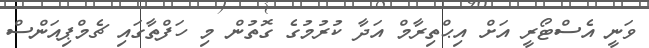
ވަނީ އެސްޓޯރީ އަށް އިޙްތިރާމް އަދާ ކުރުމުގެ ގޮތުން މި ހަފްތާގައި ޗެމްޕިއަންސް